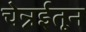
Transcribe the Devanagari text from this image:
चेन्नईतून